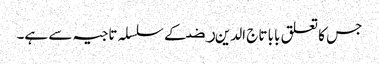
جس کا تعلق بابا تاج الدین ﺭﺿ کے سلسلہ تاجیہ سے ہے۔